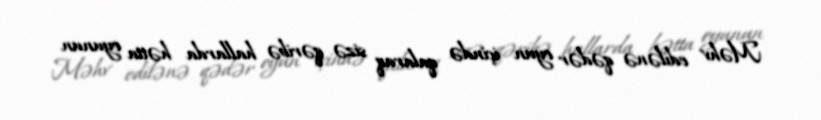
Məhv edilənə qədər oyun içində qalaraq sizə qəribə hallarda hətta oyunun